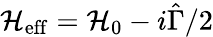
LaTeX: \mathcal{H}_{\mathrm{{eff}}}=\mathcal{H}_{0}-i\hat{{\Gamma}}/2